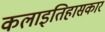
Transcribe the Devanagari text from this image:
कलाइतिहासकार